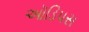
ઑડિપસ